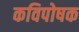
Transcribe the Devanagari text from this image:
कविपोषक